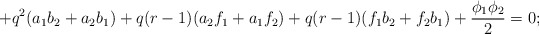
\begin{align*}+q^{2}(a_{1}b_{2}+a_{2}b_{1})+q(r-1)(a_{2}f_{1}+a_{1}f_{2}) +q(r-1)(f_{1}b_{2} +f_{2}b_{1})+\frac{\phi_{1}\phi_{2}}{2}=0; \end{align*}